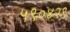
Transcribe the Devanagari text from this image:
५९०४२९